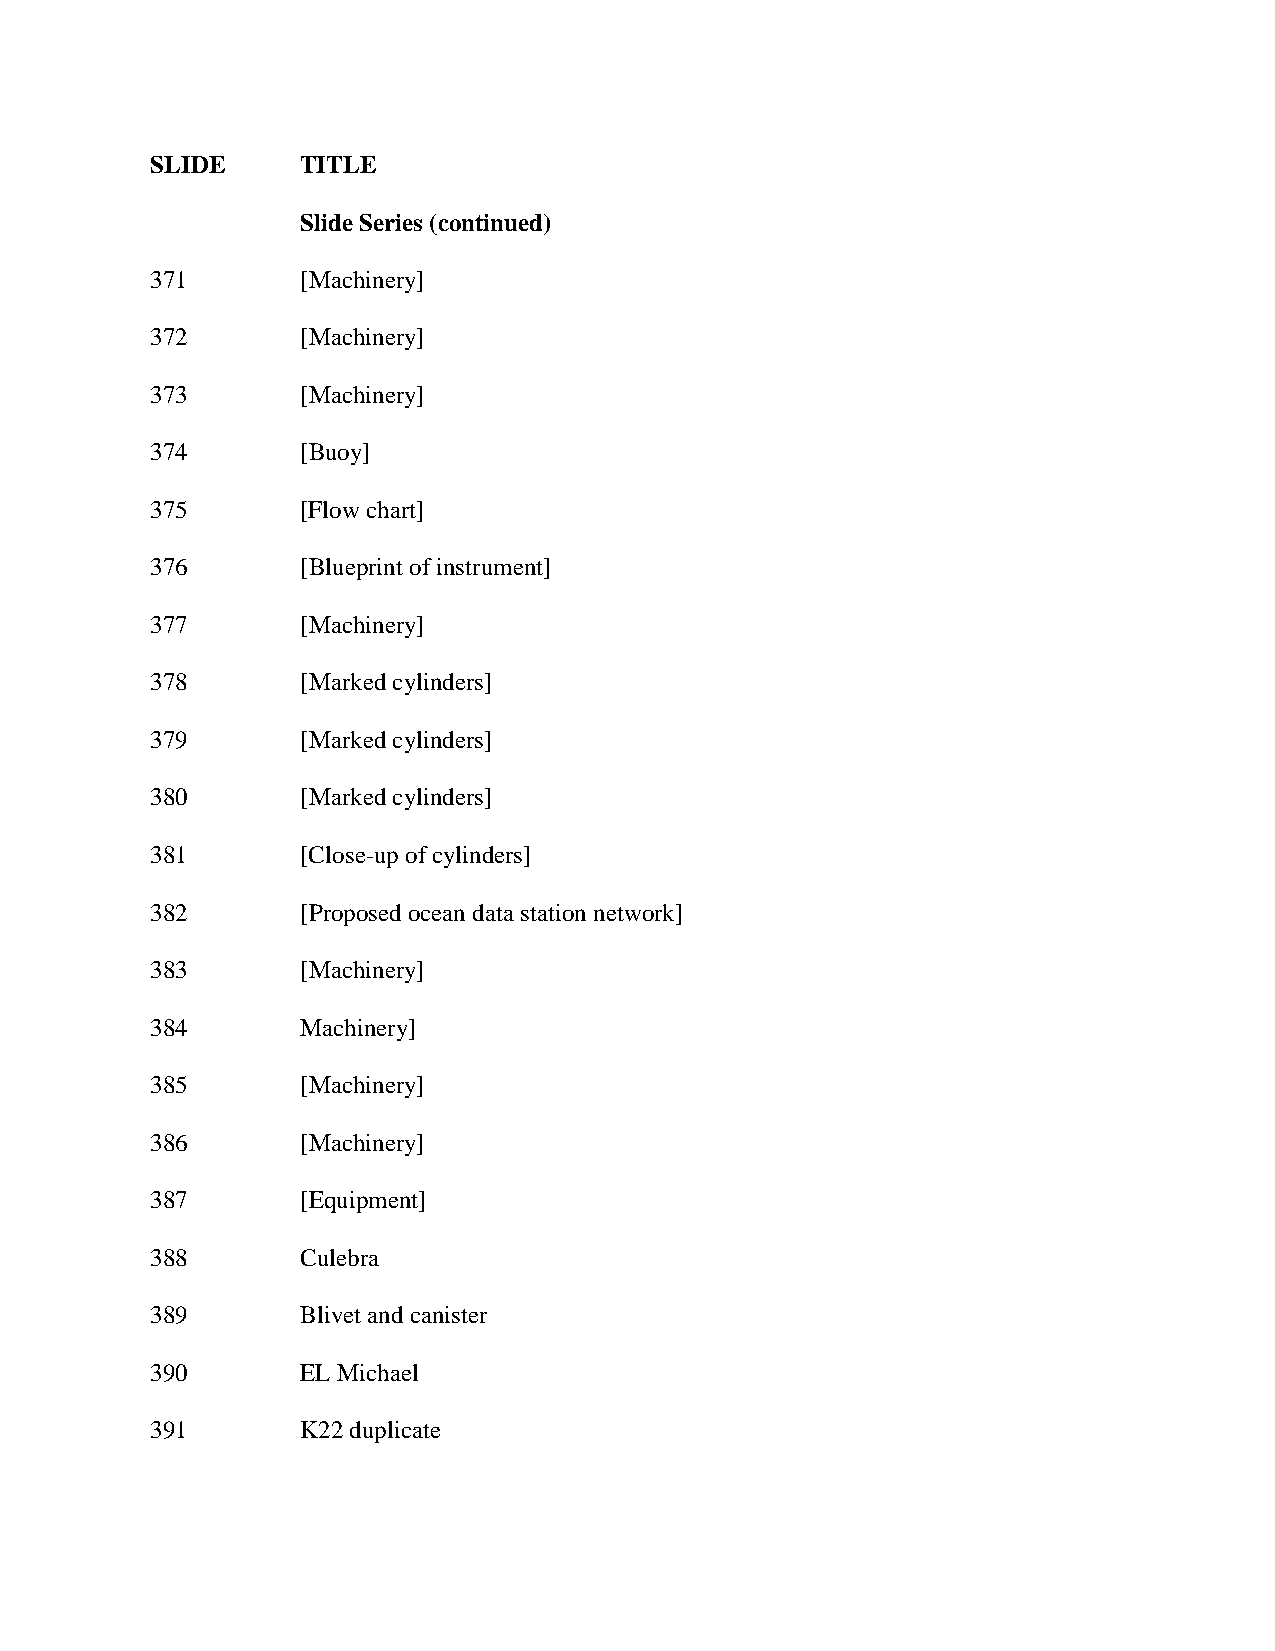
SLIDE     TITLE
 Slide Series (continued)
 371       [Machinery]
 372       [Machinery]
 373       [Machinery]
 374       [Buoy]
 375       [Flow chart]
 376       [Blueprint of instrument]
 377       [Machinery]
 378       [Marked cylinders]
 379       [Marked cylinders]
 380       [Marked cylinders]
 381       [Close-up of cylinders]
 382       [Proposed ocean data station network]
 383       [Machinery]
 384       Machinery]
 385       [Machinery]
 386       [Machinery]
 387       [Equipment]
 388       Culebra
 389       Blivet and canister
 390       EL Michael
 391       K22 duplicate